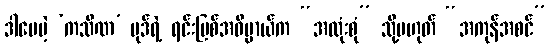
ဒါပေမဲ့ ‘ကသိဏ’ ပုဒ်ရဲ့ ရင်းမြစ်အဓိပ္ပာယ်က “အလုံးစုံ” သို့မဟုတ် “အကုန်အစင်”